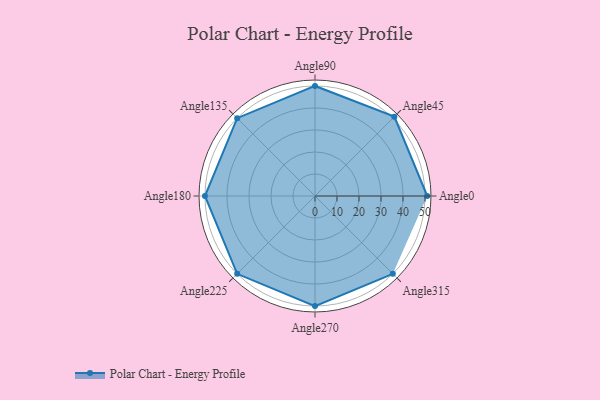
{"axis": {"x": "Angle", "y": "Radius"}, "legend": [""], "data": [{"x": "Angle0", "y": 51.0, "type": ""}, {"x": "Angle45", "y": 51.0, "type": ""}, {"x": "Angle90", "y": 50.0, "type": ""}, {"x": "Angle135", "y": 50, "type": ""}, {"x": "Angle180", "y": 50, "type": ""}, {"x": "Angle225", "y": 50.0, "type": ""}, {"x": "Angle270", "y": 50, "type": ""}, {"x": "Angle315", "y": 50, "type": ""}]}